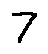
7